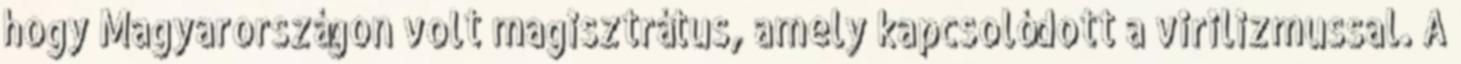
hogy Magyarországon volt magisztrátus, amely kapcsolódott a virilizmussal. A